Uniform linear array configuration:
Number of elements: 12
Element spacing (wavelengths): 1
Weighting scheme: hamming
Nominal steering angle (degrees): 60
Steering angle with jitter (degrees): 59.297
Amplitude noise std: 0.05
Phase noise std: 0.05

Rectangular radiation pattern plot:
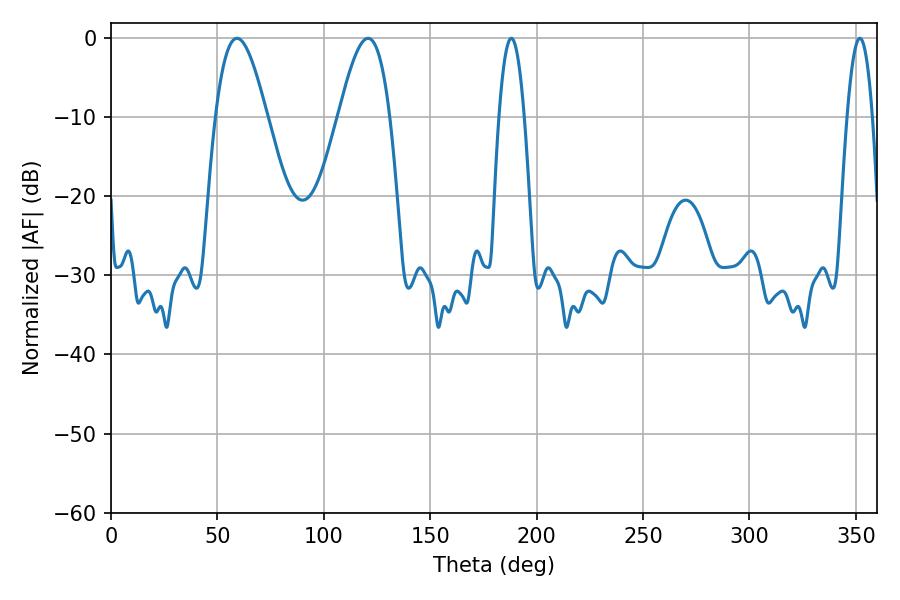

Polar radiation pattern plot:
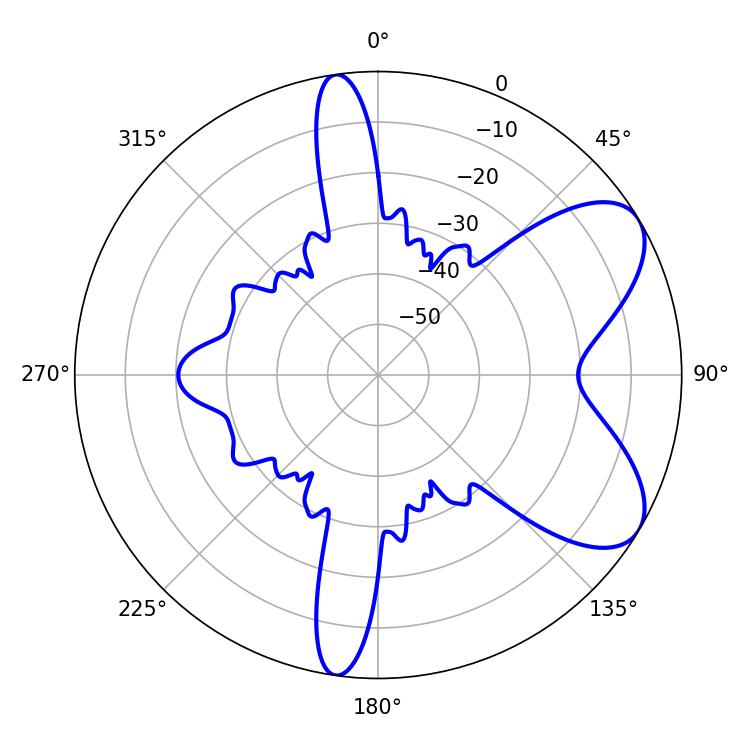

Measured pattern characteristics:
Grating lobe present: TRUE
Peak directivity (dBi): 7.026
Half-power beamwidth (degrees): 6.48
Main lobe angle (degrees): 188.1